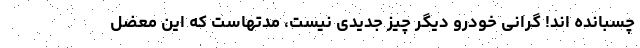
چسبانده‌ اند! گرانی خودرو دیگر چیز جدیدی نیست، مدتهاست که این معضل